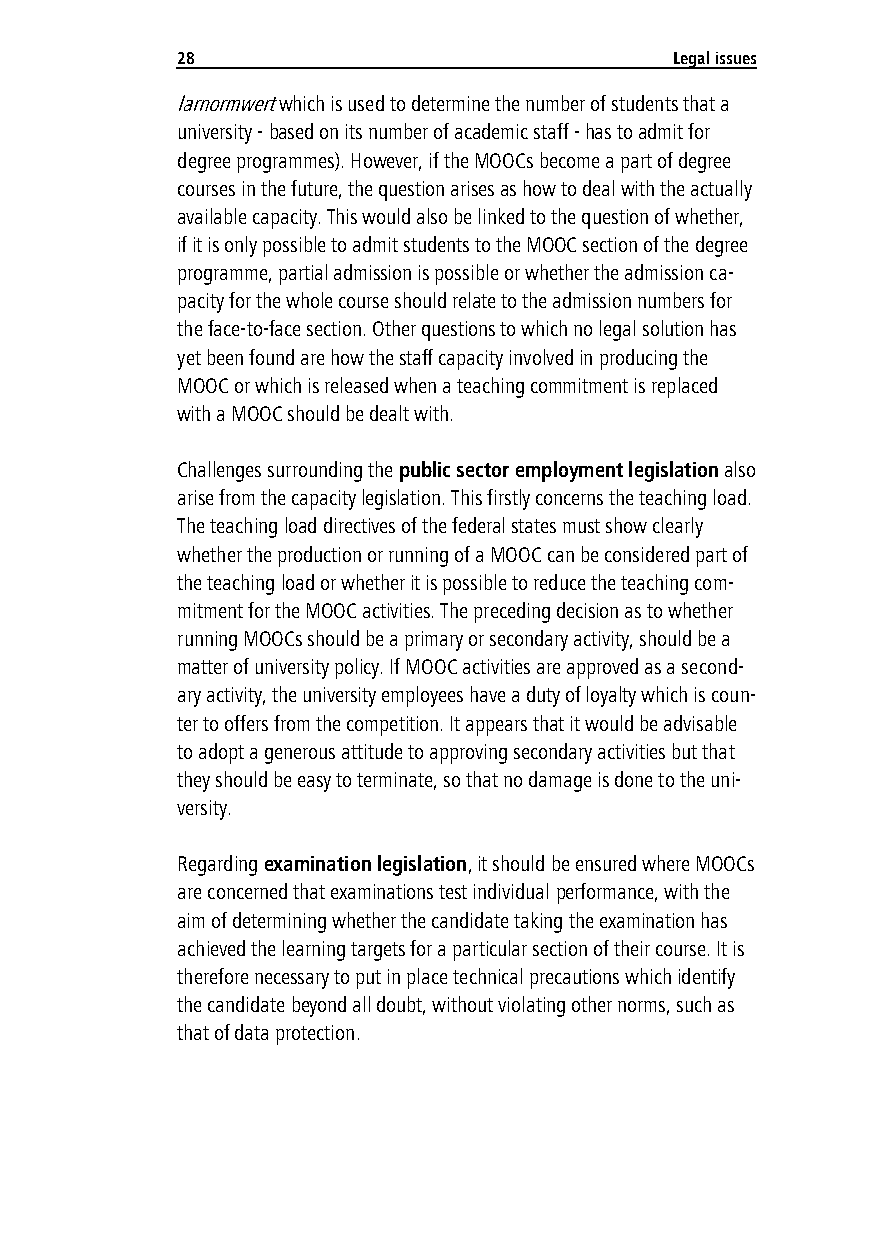
28                               Legal issues
 larnormwert which is used to determine the number of students that a
 university - based on its number of academic staff - has to admit for
 degree programmes). However, if the MOOCs become a part of degree
 courses in the future, the question arises as how to deal with the actually
 available capacity. This would also be linked to the question of whether,
 if it is only possible to admit students to the MOOC section of the degree
 programme, partial admission is possible or whether the admission ca-
 pacity for the whole course should relate to the admission numbers for
 the face-to-face section. Other questions to which no legal solution has
 yet been found are how the staff capacity involved in producing the
 MOOC or which is released when a teaching commitment is replaced
 with a MOOC should be dealt with.
 Challenges surrounding the public sector employment legislation also
 arise from the capacity legislation. This firstly concerns the teaching load.
 The teaching load directives of the federal states must show clearly
 whether the production or running of a MOOC can be considered part of
 the teaching load or whether it is possible to reduce the teaching com-
 mitment for the MOOC activities. The preceding decision as to whether
 running MOOCs should be a primary or secondary activity, should be a
 matter of university policy. If MOOC activities are approved as a second-
 ary activity, the university employees have a duty of loyalty which is coun-
 ter to offers from the competition. It appears that it would be advisable
 to adopt a generous attitude to approving secondary activities but that
 they should be easy to terminate, so that no damage is done to the uni-
 versity.
 Regarding examination legislation, it should be ensured where MOOCs
 are concerned that examinations test individual performance, with the
 aim of determining whether the candidate taking the examination has
 achieved the learning targets for a particular section of their course. It is
 therefore necessary to put in place technical precautions which identify
 the candidate beyond all doubt, without violating other norms, such as
 that of data protection.